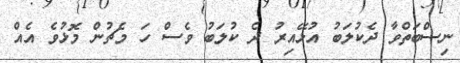
ނިސްބަތްވާ ދެކުލަބު އުޅޭއިރު ދެ ކުލަބު ވެސް ހަ މެޗުން މޮޅުވެ އެއް